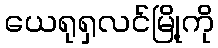
ယေရုရှလင်မြို့ကို